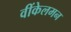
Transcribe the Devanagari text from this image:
वींकेलमन